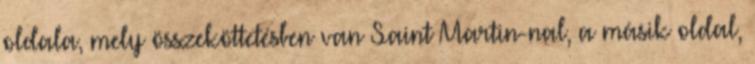
oldala, mely összeköttetésben van Saint Martin-nal, a másik oldal,